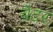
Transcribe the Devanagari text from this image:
चेटर